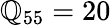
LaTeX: \mathbb{Q}_{55}=20